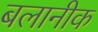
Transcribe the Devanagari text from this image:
बलानीक